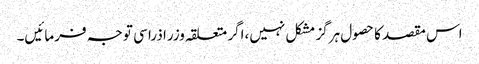
اس مقصد کا حصول ہرگز مشکل نہیں،اگر متعلقہ وزرا ذرا سی توجہ فرمائیں۔